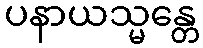
ပနာယသ္မန္တေ